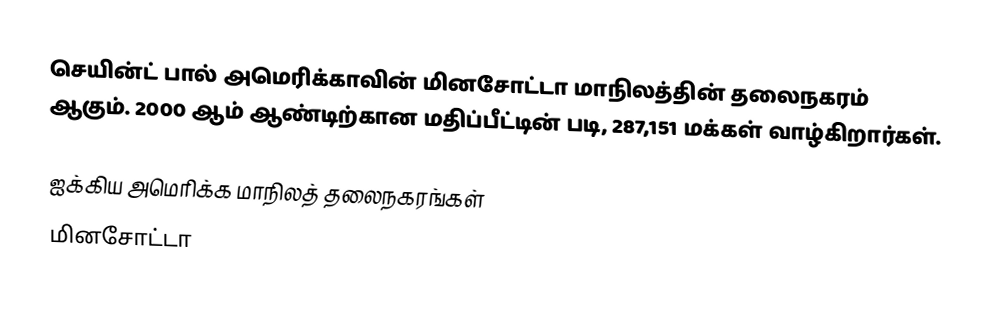
செயின்ட் பால் அமெரிக்காவின் மினசோட்டா மாநிலத்தின் தலைநகரம் ஆகும். 2000 ஆம் ஆண்டிற்கான மதிப்பீட்டின் படி, 287,151 மக்கள் வாழ்கிறார்கள்.

ஐக்கிய அமெரிக்க மாநிலத் தலைநகரங்கள்
மினசோட்டா